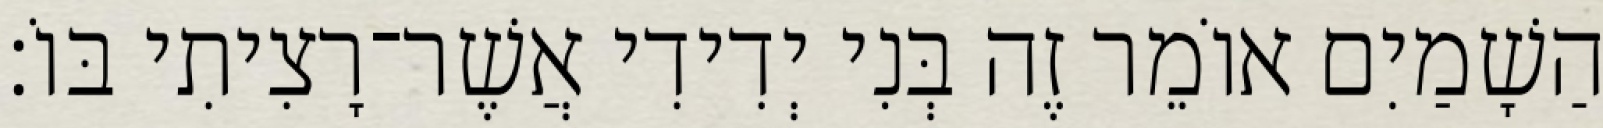
הַשָׁמַיִם אוֹמֵר זֶה בְּנִי יְדִידִי אֲשֶׁר־רָצִיתִי בּוֹ׃